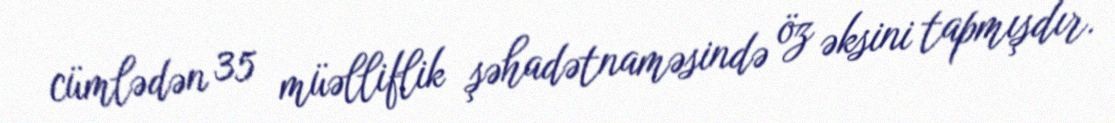
cümlədən 35 müəlliflik şəhadətnaməsində öz əksini tapmışdır.